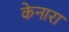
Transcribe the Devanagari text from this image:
केनारा